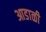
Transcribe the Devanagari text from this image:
आडाळी